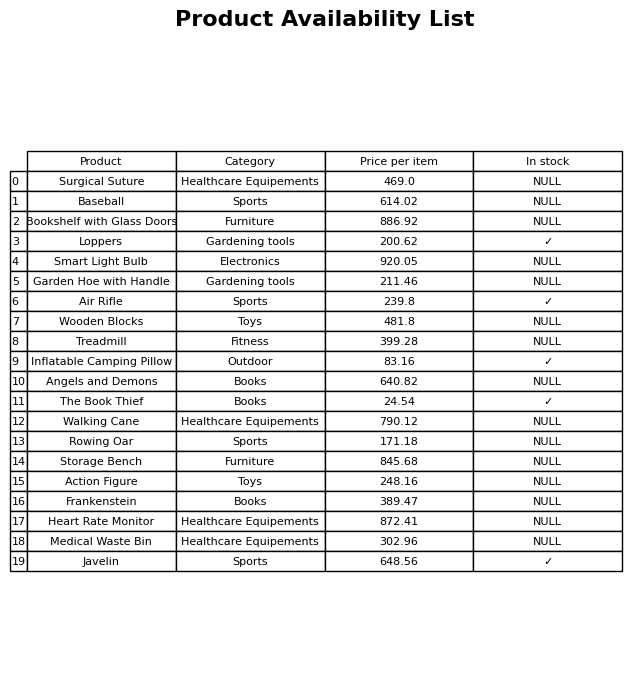
question: Which products are currently out of stock?
answer: Surgical Suture, Baseball, Bookshelf with Glass Doors, Smart Light Bulb, Garden Hoe with Handle, Wooden Blocks, Treadmill, Angels and Demons, Walking Cane, Rowing Oar, Storage Bench, Action Figure, Frankenstein, Heart Rate Monitor, Medical Waste Bin